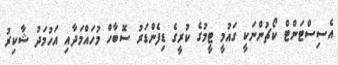
އެސިސްޓަންޓް ކޯޗުންނަކީ ގައުމީ ޓީމުގެ ކުރީގެ ޑިފެންޑަރު ސޮބާހް މުހައްމަދާއި އަހުމަދު ޝާކިރު